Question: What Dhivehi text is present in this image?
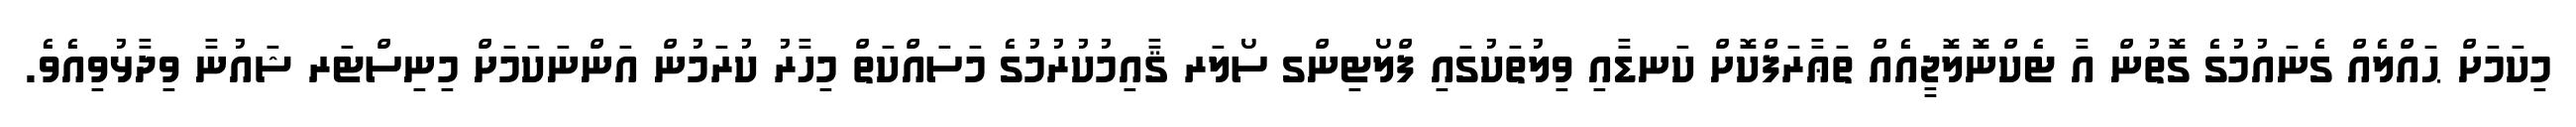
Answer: މިކަމަށް ޙައްލެއް ގެނައުމުގެ ގޮތުން އާ ޓެކްނޮލޮޖީއެއް ތަޢާރަފްކޮށް ކަނޑާއި ވިލުތަކުގައި ފްލޯޓިންގ ސޯލަރ ޤާއިމުކުރުމުގެ މަސައްކަތް މިހާރު ކުރަމުން އަންނަކަމަށް މިނިސްޓަރ ޝައުނާ ވިދާޅުވިއެވެ.